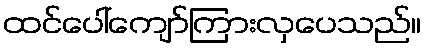
ထင်ပေါ်ကျော်ကြားလှပေသည်။